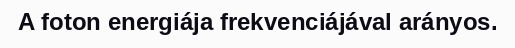
A foton energiája frekvenciájával arányos.